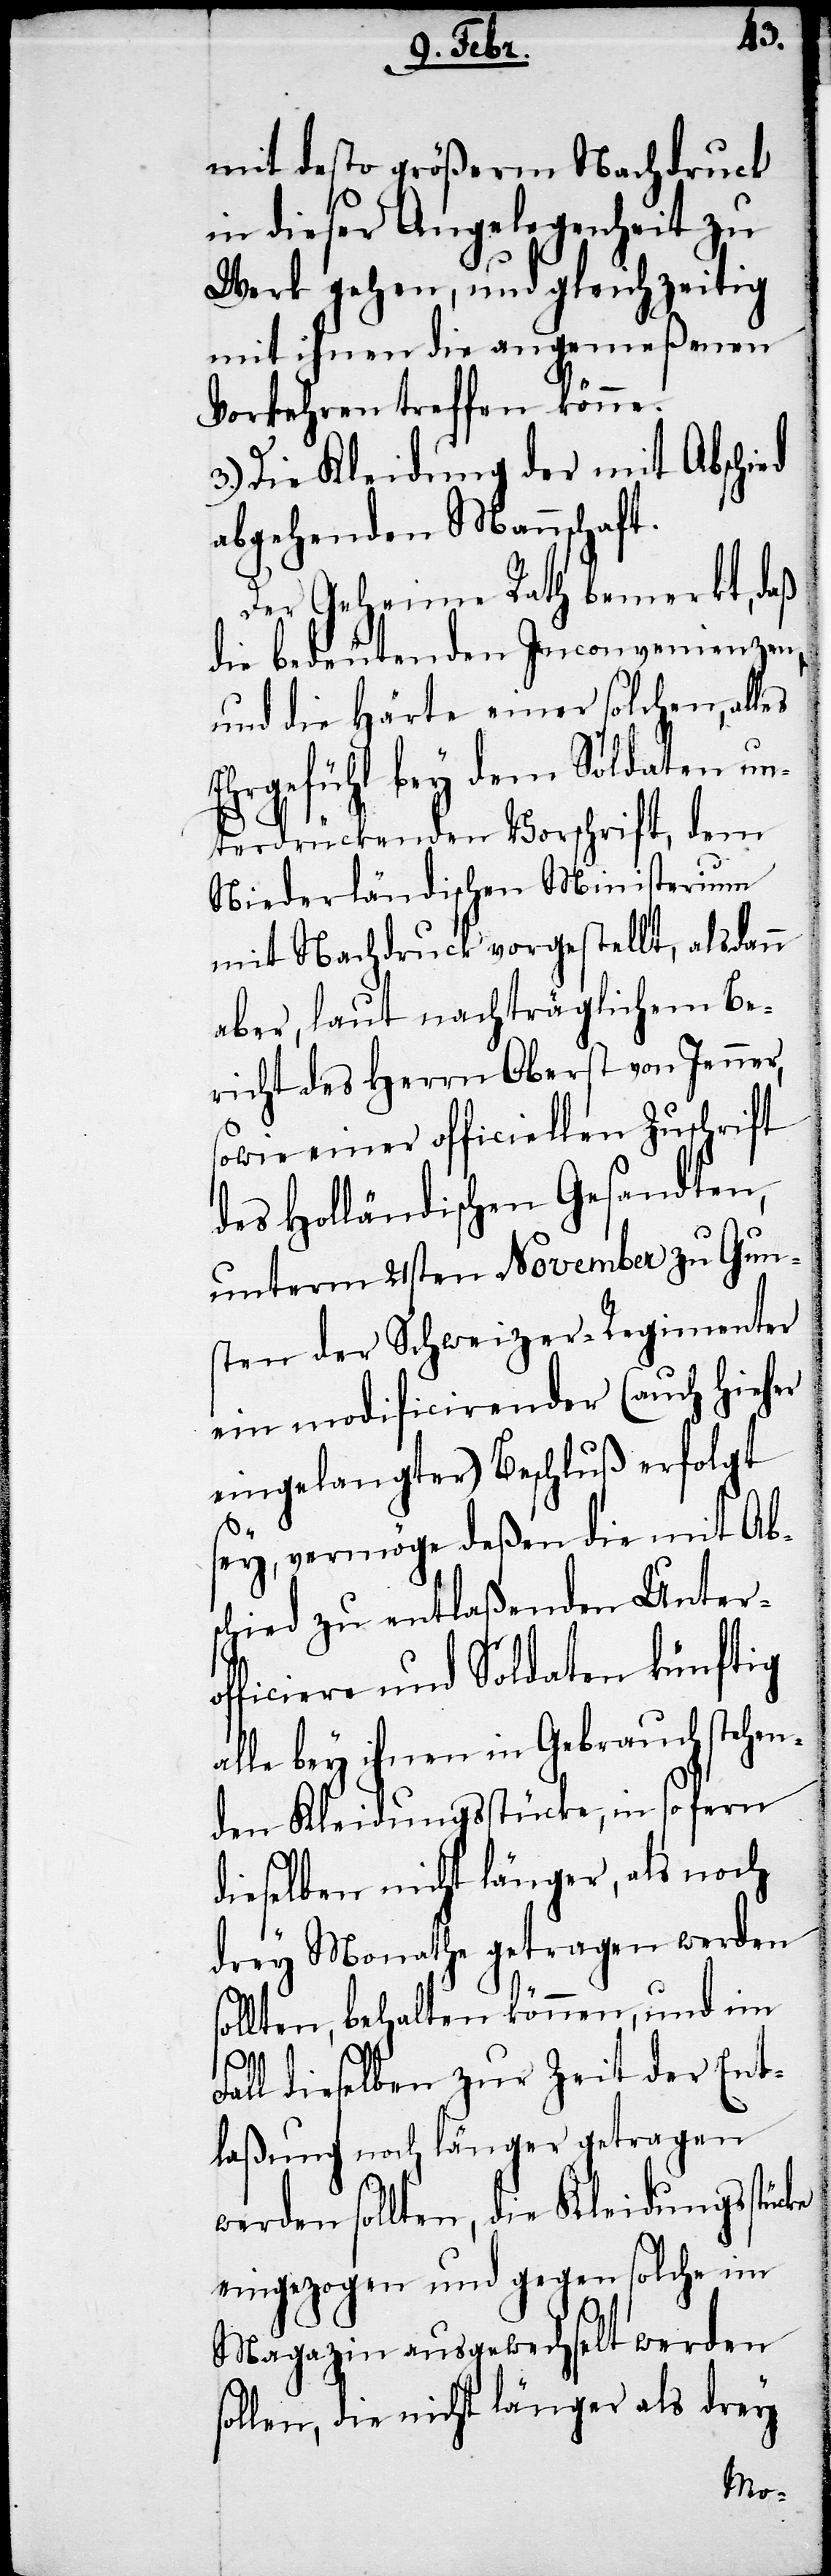
mit desto größerm Nachdruck
in dieser Angelegenheit zu
Werk gehen, und gleichzeitig
mit ihnen die angemeßenen
Vorkehren treffen könne.
Die Kleidung der mit Abschied
abgehenden Mannschaft.
Der Geheime Rath bemerkt, daß
die bedeutenden Inconvenienzen,
und die Härte einer solchen, alles
Ehrgefühl bey dem Soldaten un¬
terdrückenden Vorschrift, dem
Niederländischen Ministerium
mit Nachdruck vorgestellt, alsdann
aber, laut nachträglichem Be¬
richt des Herrn Oberst von Jenner,
sowie einer officiellen Zuschrift
des Holländischen Gesandten,
unterm 21sten November zu Gun¬
sten der Schweizer-Regimenter
ein modificirender (auch hieher
eingelangter) Beschluß erfolgt
sey, vermöge deßen die mit Abs¬
chied zu entlaßenden Untero¬
fficiere und Soldaten künftig
alle bey ihnen in Gebrauch stehen¬
den Kleidungsstücke, in so fern
dieselben nicht länger, als noch
drey Monathe getragen werden
sollten, behalten können, und im
Fall dieselben zur Zeit der Ent¬
laßung noch länger getragen
werden sollten, die Kleidungsstücke
eingezogen und gegen solche im
Magazin ausgewechselt werden
sollen, die nicht länger als drey